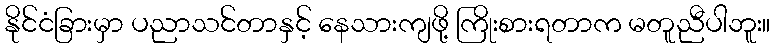
နိုင်ငံခြားမှာ ပညာသင်တာနှင့် နေသားကျဖို့ ကြိုးစားရတာက မတူညီပါဘူး။